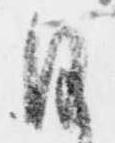
日